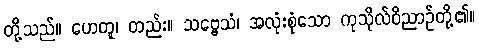
တို့သည်။ ဟေတူ၊ တည်း။ သဗ္ဗေသံ၊ အလုံးစုံသော ကုသိုလ်ဝိညာဉ်တို့၏။